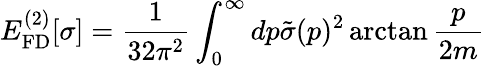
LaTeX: E_{\mathrm{FD}}^{(2)}[\sigma]=\frac{1}{32\pi^{2}}\int_{0}^{\infty}dp\tilde{\sigma}(p)^{2}\arctan\frac{p}{2m}